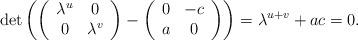
LaTeX: \begin{align*}\det \left( \left(\begin{array}{cc} \lambda^u & 0 \\ 0 & \lambda^v \\\end{array}\right)-\left(\begin{array}{cc} 0 & -c \\ a & 0 \\\end{array}\right) \right)=\lambda^{u+v}+ac=0.\end{align*}